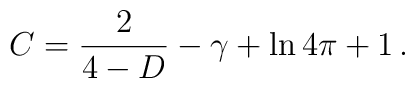
C=\frac{2}{4-D}-\gamma+\ln 4\pi +1\, .